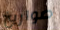
صواريخ